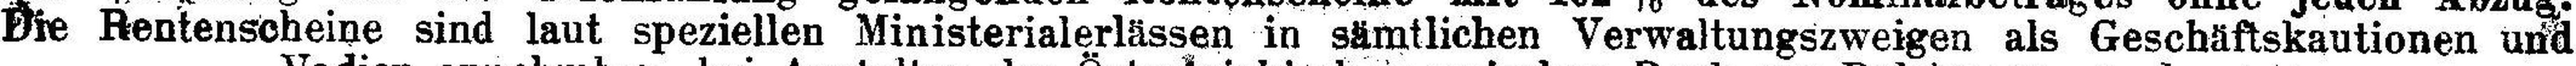
Die Rentenscheine sind laut speziellen Ministerialerlässen in sämtlichen Verwaltungszweigen als Geschäftskautionen und